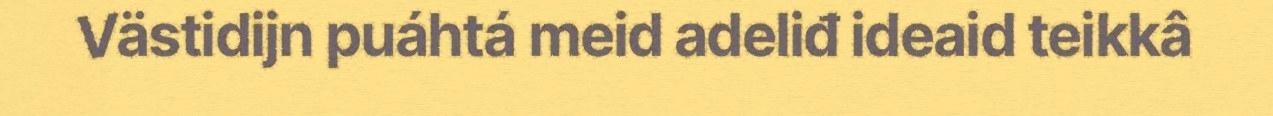
Västidijn puáhtá meid adeliđ ideaid teikkâ